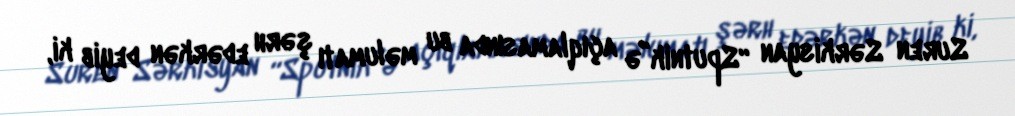
Suren Sərkisyan “Sputnik”ə açıqlamasında bu məlumatı şərh edərkən deyib ki,